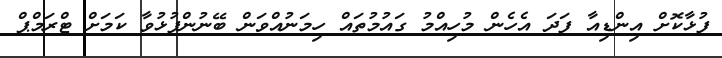
ފުޅާކޮށް އިންޑިއާ ފަދަ އެހެން މުހިއްމު ގައުމުތައް ހިމަނުއްވަން ބޭނުންފުޅުވާ ކަމަށް ޓްރަމްޕް